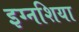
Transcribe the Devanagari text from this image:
इग्नशिया